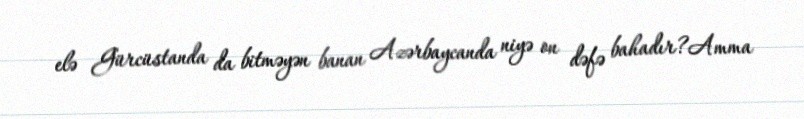
elə Gürcüstanda da bitməyən banan Azərbaycanda niyə on dəfə bahadır?Amma